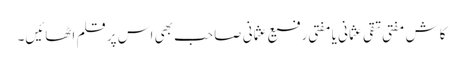
کاش مفتی تقی عثمانی یا مفتی رفیع عثمانی صاحب بھی اس پر قلم اٹھائیں۔